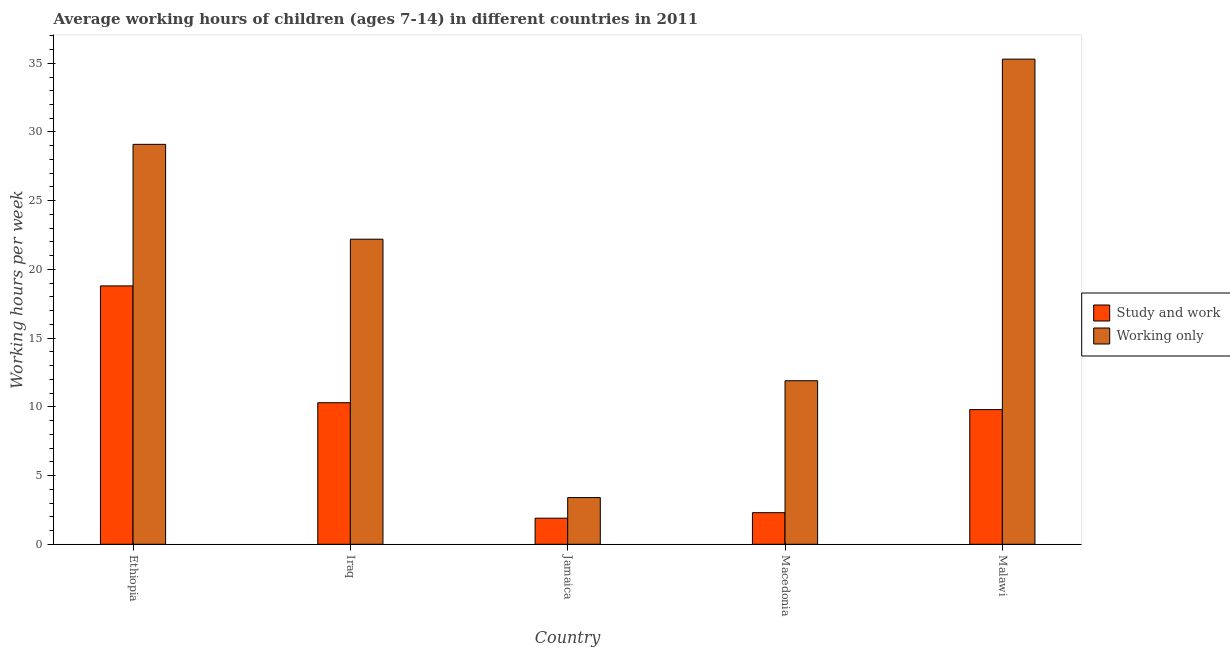
| Country | Study and work | Working only |
 | --- | --- | --- |
 | Ethiopia | 18.8 | 29.1 |
 | Iraq | 10.3 | 22.2 |
 | Jamaica | 1.9 | 3.4 |
 | Macedonia | 2.3 | 11.9 |
 | Malawi | 9.8 | 35.3 |